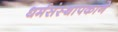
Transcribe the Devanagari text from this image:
धर्मसंस्थापकाने